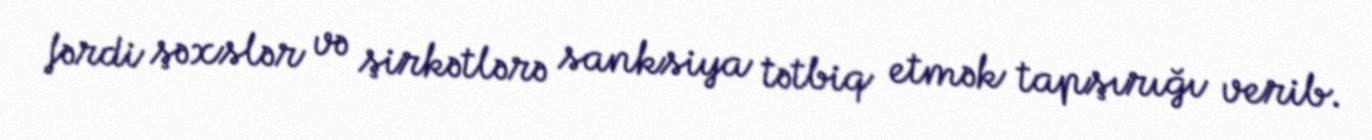
fərdi şəxslər və şirkətlərə sanksiya tətbiq etmək tapşırığı verib.